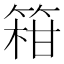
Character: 䈤